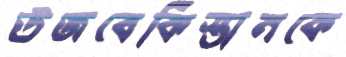
উজবেকিস্তানকে